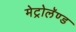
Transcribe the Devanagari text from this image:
मेट्रोलॅण्ड